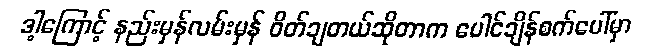
ဒါ့ကြောင့် နည်းမှန်လမ်းမှန် ဝိတ်ချတယ်ဆိုတာက ပေါင်ချိန်စက်ပေါ်မှာ